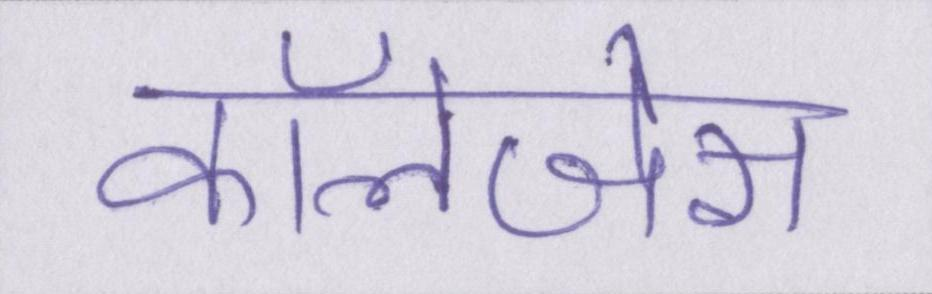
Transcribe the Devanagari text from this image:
कॉलेजेस